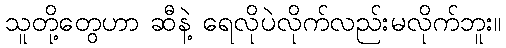
သူတို့တွေဟာ ဆီနဲ့ ရေလိုပဲလိုက်လည်းမလိုက်ဘူး။